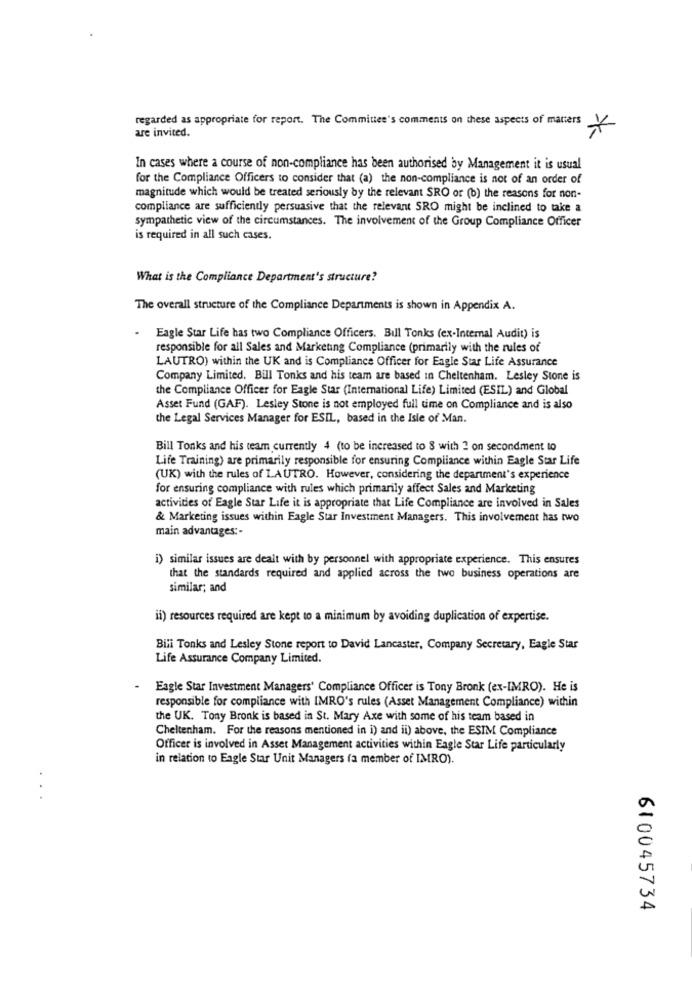
regarded as appropriate for report. The Committee's comments on these aspects of manters
are invited.
In cases where a course of non-compliance has been authorised by Management it is usual
for the Compliance Officers to consider that (a) the non-compliance is not of an order of
magnitude which would be treated seriously by the relevant SRO or (b) the reasons for non-
compliance are sufficiently persuasive that the relevant SRO might be inclined to take a
sympathetic view of the circumstances. The involvement of the Group Compliance Officer
is required in all such cases.
What is the Compliance Department's structure?
The overall structure of the Compliance Departments is shown in Appendix A.
Eagle Star Life has two Compliance Officers. Bill Tonks (ex-Internal Audit) is
responsible for all Sales and Marketing Compliance (primarily with the rules of
LAUTRO) within the UK and is Compliance Officer for Eagle Star Life Assurance
Company Limited. Bill Tonks and his team are based in Cheltenham. Lesley Stone is
the Compliance Officer for Eagle Star (International Life) Limited (ESIL) and Global
Asset Fund (GAF). Lesley Stone is not employed full time on Compliance and is also
the Legal Services Manager for ESIL, based in the Isle of Man.
Bill Tonks and his team currently 4 (to be increased to 8 with 2 on secondment to
Life Training) are primarily responsible for ensuring Compliance within Eagle Star Life
(UK) with the rules of LAUTRO. However, considering the department's experience
for ensuring compliance with rules which primarily affect Sales and Marketing
activities of Eagle Star Life it is appropriate that Life Compliance are involved in Sales
& Marketing issues within Eagle Star Investment Managers. This involvement has two
main advantages :-
i) similar issues are dealt with by personnel with appropriate experience. This ensures
that the standards required and applied across the two business operations are
similar; and
il) resources required are kept to a minimum by avoiding duplication of expertise.
Bili Tonks and Lesley Stone report to David Lancaster, Company Secretary, Eagle Star
Life Assurance Company Limited.
Eagle Star Investment Managers' Compliance Officer is Tony Bronk (ex-IMRO). He is
responsible for compliance with IMRO's rules (Asset Management Compliance) within
the UK. Tony Bronk is based in St. Mary Axe with some of his team based in
Cheltenham. For the reasons mentioned in i) and ii) above, the ESIM Compliance
Officer is involved in Asset Management activities within Eagle Star Life particularly
in relation to Eagle Star Unit Managers (a member of IMRO).
610045734